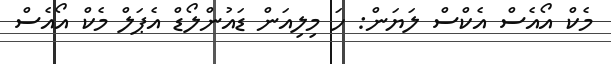
މެކް އޯއެސް އެކްސް ލަޔަން: ހަ މިލިއަން ޑައުންލޯޑް އެޕަލް މެކް އޯއެސް